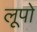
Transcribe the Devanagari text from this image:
लूपो